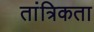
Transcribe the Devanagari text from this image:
तांत्रिकता